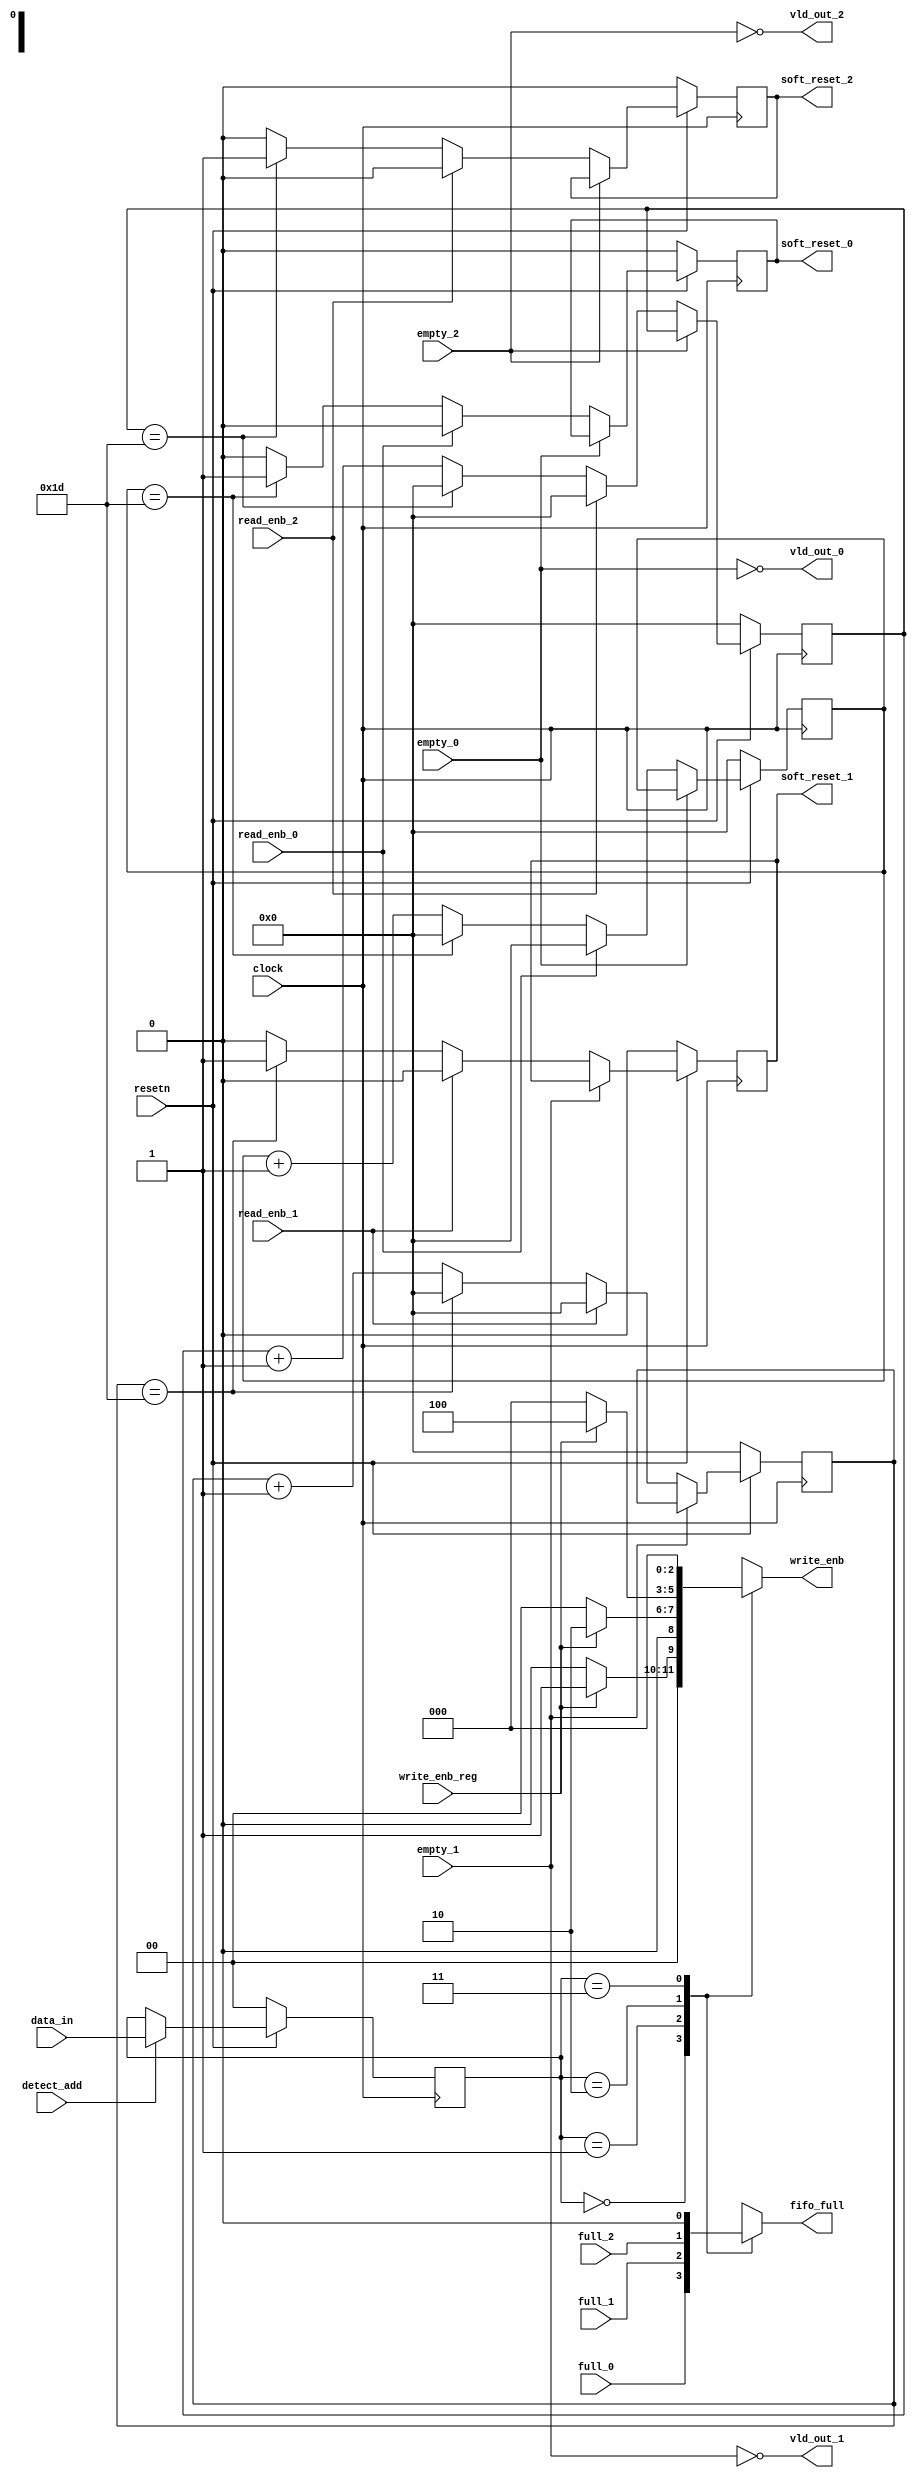
module router_sync(clock, resetn, data_in,
		 detect_add, full_0,full_1,full_2,
		empty_0,empty_1,empty_2, write_enb_reg,
		read_enb_0,read_enb_1,read_enb_2,write_enb,
		fifo_full, vld_out_0,vld_out_1,vld_out_2,
		soft_reset_0,soft_reset_1,soft_reset_2);

    input clock, resetn,detect_add,
        full_0,full_1,full_2,
        empty_0,empty_1,empty_2, write_enb_reg,
        read_enb_0,read_enb_1,read_enb_2;

    input [1:0]data_in;

    reg [1:0]data_temp;
    reg [4:0] count0, count1, count2;

    output reg fifo_full,soft_reset_0,soft_reset_1,soft_reset_2;
    output vld_out_0,vld_out_1,vld_out_2;

    output reg [2:0] write_enb;



    //////////////////BYTE ADDRESS BLOCK\\\\\\\\\\\\\\\\\\\\\\\\\\\\\\\\\\\\\\\\\\\\\\\\

    always@(posedge clock)
    begin
        if(~resetn)
            begin
            //write_enb<= 3'b0;
            data_temp<=0;
            end
        else if(detect_add)
            data_temp<= data_in;
    end

    //////////////////FIFO_FULL BLOCK\\\\\\\\\\\\\\\\\\\\\\\\\\\\\\\\\\\\\\\\\\\\\\\\\\\\\\\\


    always@(*)

    begin
        case(data_temp)
            2'b00:  begin
                    fifo_full= full_0;
                    if(write_enb_reg)
                    write_enb= 3'b001;
                    else
                    write_enb= 0;
                end


            2'b01:  begin
                    fifo_full= full_1;
                    if(write_enb_reg)
                    write_enb= 3'b010;
                    else
                    write_enb= 0;
                end


            2'b10:  begin
                    fifo_full= full_2;
                    if(write_enb_reg)
                    write_enb= 3'b100;
                    else
                    write_enb= 0;
                end


            2'b11:  begin
                    fifo_full= 0;	      
                    write_enb= 0;
                end

        endcase
    end


    /*
    always @ (*)
    begin

    if(~resetn)
    fifo_full = 0 ;

    else
    begin
    case(data_temp)

    2'b00 : fifo_full = full_0 ;
    2'b01 : fifo_full = full_1 ;
    2'b10 : fifo_full = full_2 ;
    default : fifo_full = 0 ;

    endcase
    end
    end

    //....................................write enable logic


    always @ *

    begin

    if(~resetn)

    write_enb = 0 ;

    else
    if(write_enb_reg)
    begin
    case (data_temp)
    2'b00 : write_enb = 3'b001;
    2'b01 : write_enb = 3'b010;
    2'b10 : write_enb = 3'b100;
    default : write_enb = 3'b000;
    endcase
    end
    else
    write_enb = 0 ;

    end
    */

    ////////////////// VLD_OUT BLOCK\\\\\\\\\\\\\\\\\\\\\\\\\\\\\\\\\\\\\\\\\\\\

    assign vld_out_0 = ~empty_0; 
    assign vld_out_1 = ~empty_1;
    assign vld_out_2 = ~empty_2; 

    //////////////////SOFT_RESET BLOCK\\\\\\\\\\\\\\\\\\\\\\\\\\\\\\\\\\\\\\\\\\\\


    always@(posedge clock)       //  00

    begin
        if(~resetn)
            begin
            count0<= 0;
            soft_reset_0<= 0;
            end

        else if(vld_out_0)
            begin
            if(~read_enb_0)
            begin
                if(count0==29)
                begin
                soft_reset_0<=1'b1;
                count0<=0;
            end
                else
                begin
                count0<=count0+1;
                soft_reset_0 <= 1'b0;
                end
            end
        else
                begin
                count0<= 0;
                soft_reset_0<= 1'b0;
                end

        end
    end


    always@(posedge clock)       // 01

    begin
        if(~resetn)
            begin
            count1<= 0;
            soft_reset_1<= 0;
            end

        else if(vld_out_1)
            begin
            if(~read_enb_1)
                begin
                if(count1==29)
            begin

                soft_reset_1<=1'b1;
                count1<=0;
            end
                else
                begin
                count1<=count1+1;
                soft_reset_1<= 1'b0;
                end
            end
                else
                begin
                count1<= 0;
                soft_reset_1<= 1'b0;
                end
        end
    end



    always@(posedge clock)       // 02
    begin
        if(~resetn)begin
            count2<= 0;
            soft_reset_2<= 0;
        end

        else if(vld_out_2) begin
            if(~read_enb_2) begin
                if(count2==29) begin
                    soft_reset_2<=1'b1;
                    count2<=0;
                end
                else begin
                    count2<=count2+1;
                    soft_reset_2 <= 1'b0;
                end

            end
            
            else begin
                count2<= 0;
                soft_reset_2<= 1'b0;
            end
        end
    end

endmodule